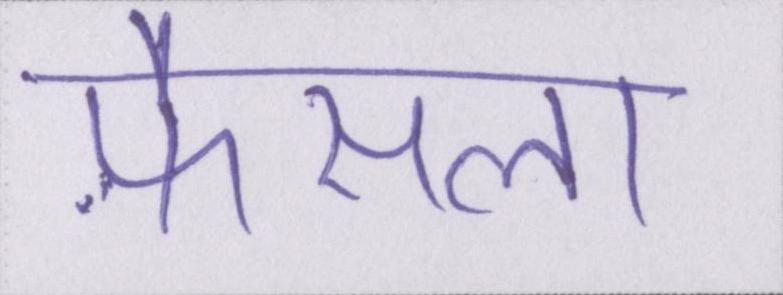
फ़ैसला